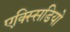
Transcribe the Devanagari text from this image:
एक्स्सिडियो